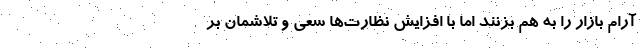
آرام بازار را به هم بزنند اما با افزایش نظارت‌ها سعی و تلاشمان بر